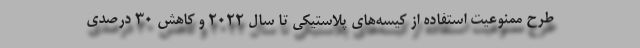
طرح ممنوعیت استفاده از کیسه‌های پلاستیکی تا سال 2022 و کاهش 30 درصدی